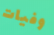
وفيات